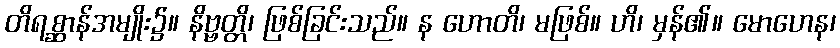
တိရစ္ဆာန်အမျိုး၌။ နိဗ္ဗတ္တိ၊ ဖြစ်ခြင်းသည်။ န ဟောတိ၊ မဖြစ်။ ဟိ၊ မှန်၏။ မောဟေန၊